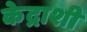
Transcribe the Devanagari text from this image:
केद्राशी